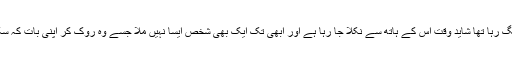
اس لگ رہا تھا شاید وقت اس کے ہاتھ سے نکلا جا رہا ہے اور ابھی تک ایک بھی شخص ایسا نہیں ملا جسے وہ روک کر اپنی بات کہ سکے ۔